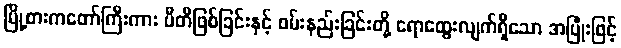
မြို့စားကတော်ကြီးကား ပီတိဖြစ်ခြင်းနှင့် ဝမ်းနည်းခြင်းတို့ ရောထွေးလျက်ရှိသော အပြုံးဖြင့်